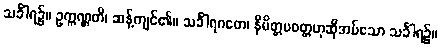
သင်္ခါရ၌။ ဥက္ကဏ္ဌတိ၊ ဆန့်ကျင်၏။ သင်္ခါရဂတေ၊ နိမိတ္တပဝတ္တဟုဆိုအပ်သော သင်္ခါရ၌။